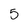
Character: 5